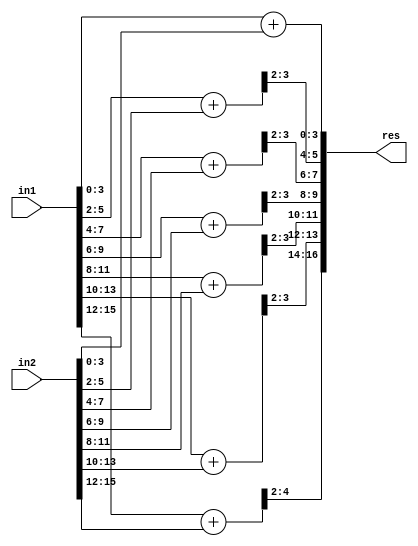
`timescale 1ns / 1ps
//////////////////////////////////////////////////////////////////////////////////
// Company: 
// Engineer: 
// 
// Create Date:    
// Design Name: 
// Module Name:    ACA_II_N16_Q4 
// Project Name: 
// Target Devices: 
// Tool versions: 
// Description: 
//
// Dependencies: 
//
// Revision: 
// Revision 0.01 - File Created
// Additional Comments: 
//
//////////////////////////////////////////////////////////////////////////////////
module ACA_II_N16_Q4(
    input [15:0] in1,
    input [15:0] in2,
    output [16:0] res
    );

wire [4:0] temp1,temp2,temp3,temp4,temp5,temp6,temp7;

assign temp1[4:0] = in1[ 3: 0] + in2[ 3: 0];
assign temp2[4:0] = in1[ 5: 2] + in2[ 5: 2];
assign temp3[4:0] = in1[ 7: 4] + in2[ 7: 4];
assign temp4[4:0] = in1[ 9: 6] + in2[ 9: 6];
assign temp5[4:0] = in1[11: 8] + in2[11: 8];
assign temp6[4:0] = in1[13:10] + in2[13:10];
assign temp7[4:0] = in1[15:12] + in2[15:12];

assign res[16:0] = {temp7[4:2],temp6[3:2],temp5[3:2],temp4[3:2],temp3[3:2],temp2[3:2],temp1[3:0]};

endmodule